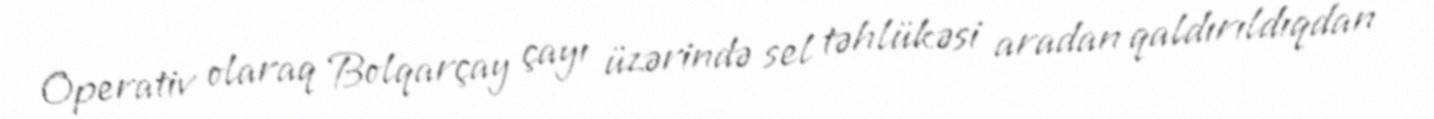
Operativ olaraq Bolqarçay çayı üzərində sel təhlükəsi aradan qaldırıldıqdan